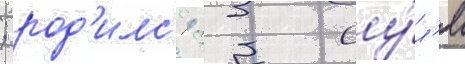
; род'илс'я 23 иу́л'я